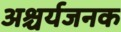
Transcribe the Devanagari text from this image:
अश्चर्यजनक